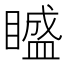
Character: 𥊱